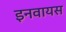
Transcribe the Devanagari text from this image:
इनवायस